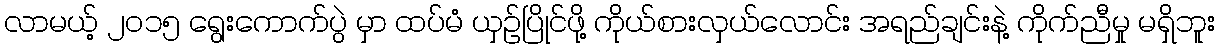
လာမယ့် ၂၀၁၅ ရွေးကောက်ပွဲ မှာ ထပ်မံ ယှဉ်ပြိုင်ဖို့ ကိုယ်စားလှယ်လောင်း အရည်ချင်းနဲ့ ကိုက်ညီမှု မရှိဘူး